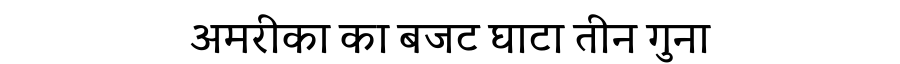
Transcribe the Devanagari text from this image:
अमरीका का बजट घाटा तीन गुना